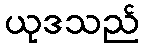
ယုဒသည်